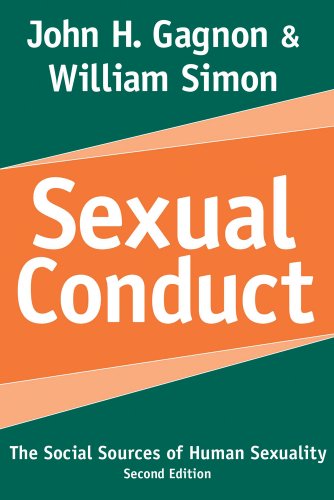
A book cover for Sexual Conduct: The Social Sources of Human Sexuality (Social Problems and Social Issues); William Simon; Gay & Lesbian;